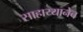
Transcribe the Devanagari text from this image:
साहाय्यानेच